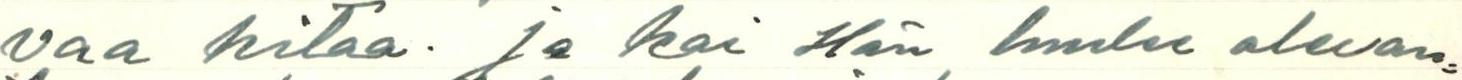
vaa kitaa. ja kai Hän luulee olevan=